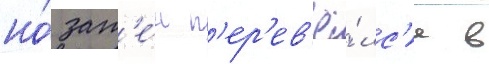
но́ зат'е́м п'ер'ев'ё́лс'я в